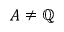
A \neq \mathbb { Q }